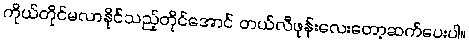
ကိုယ်တိုင်မလာနိုင်သည့်တိုင်အောင် တယ်လီဖုန်းလေးတော့ဆက်ပေးပါ။